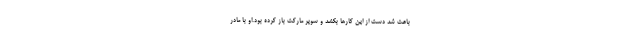
باعث شد دست از این کارها بکشد و سوپر مارکت باز کرده بود.او با مادر